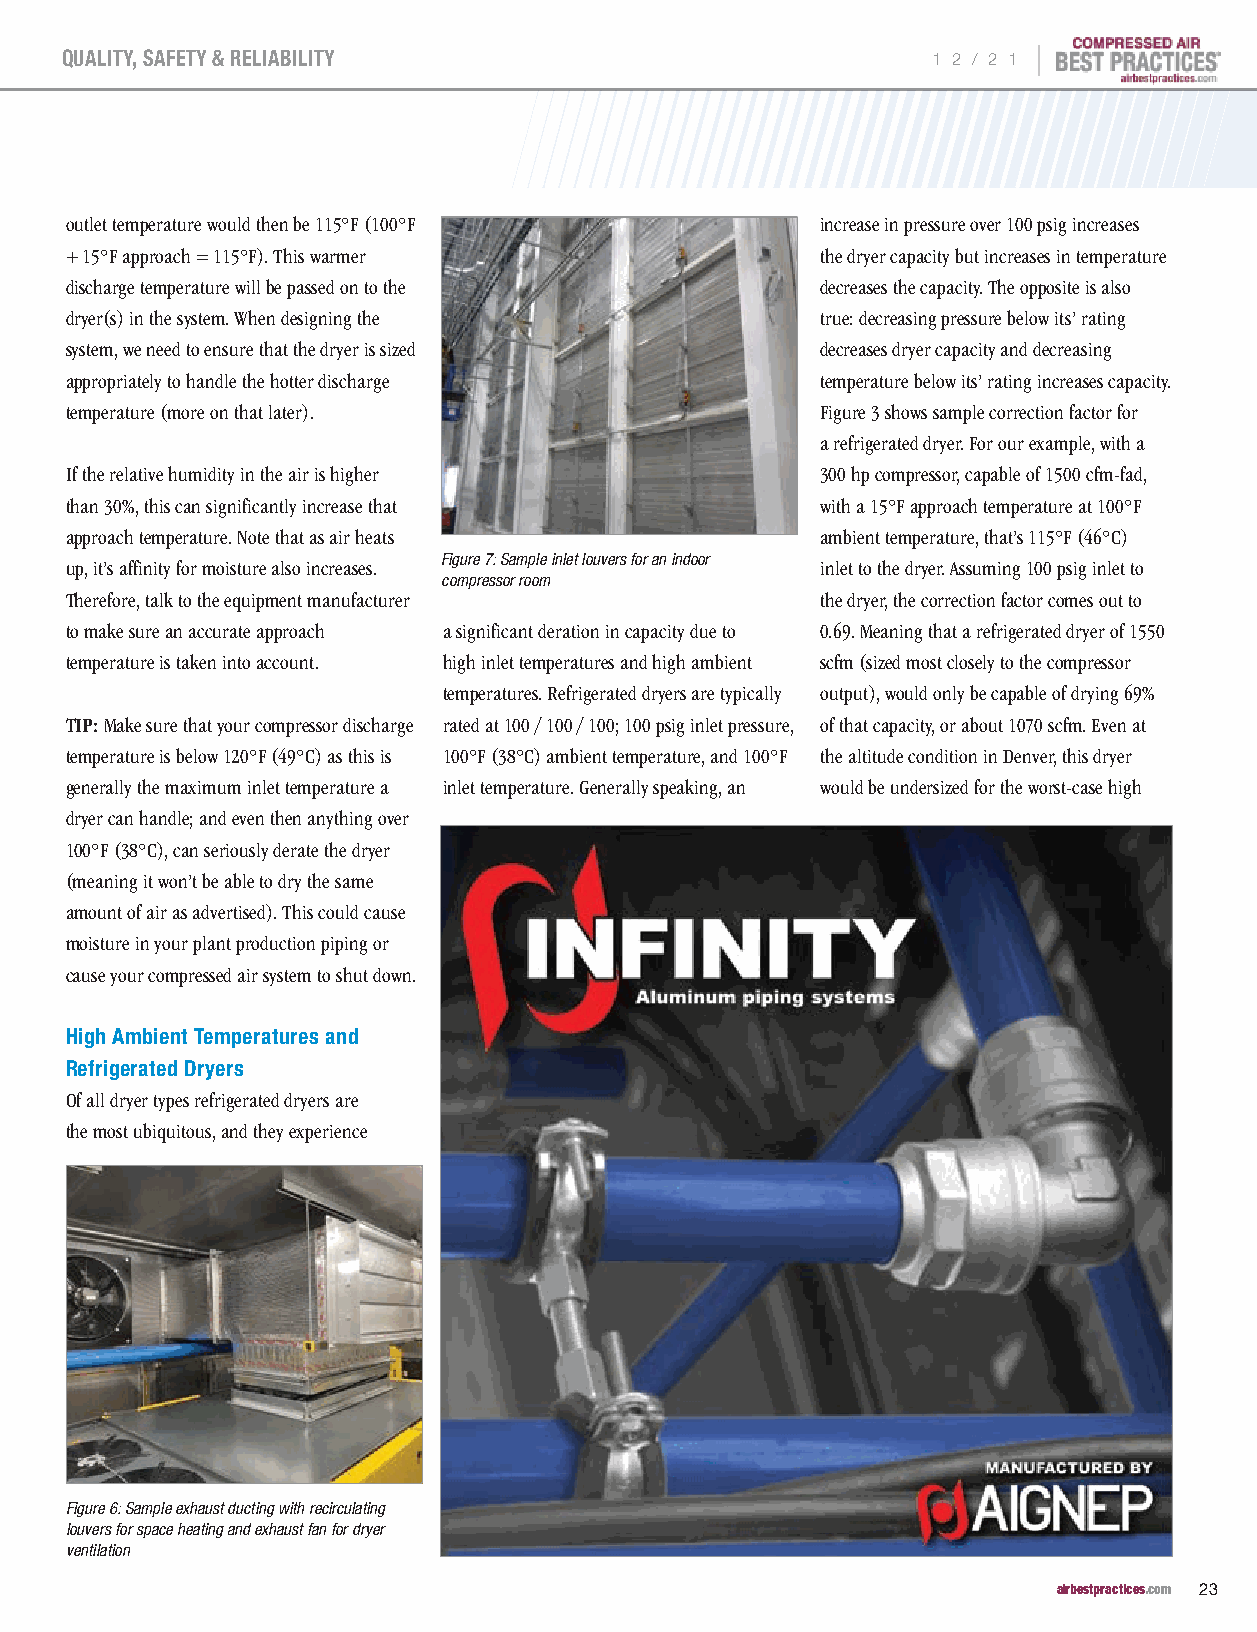
|
 QUALITY, SAFETY & RELIABILITY                             1 2 / 2 1
 outlet temperature would then be 115°F (100°F     increase in pressure over 100 psig increases
 + 15°F approach = 115°F). This warmer             the dryer capacity but increases in temperature
 discharge temperature will be passed on to the    decreases the capacity. The opposite is also
 dryer(s) in the system. When designing the        true: decreasing pressure below its’ rating
 system, we need to ensure that the dryer is sized decreases dryer capacity and decreasing
 appropriately to handle the hotter discharge      temperature below its’ rating increases capacity.
 temperature (more on that later).                 Figure 3 shows sample correction factor for
 a refrigerated dryer. For our example, with a
 If the relative humidity in the air is higher     300 hp compressor, capable of 1500 cfm-fad,
 than 30%, this can significantly increase that    with a 15°F approach temperature at 100°F
 approach temperature. Note that as air heats      ambient temperature, that’s 115°F (46°C)
 Figure 7: Sample inlet louvers for an indoor
 up, it’s affinity for moisture also increases.    inlet to the dryer. Assuming 100 psig inlet to
 compressor room
 Therefore, talk to the equipment manufacturer     the dryer, the correction factor comes out to
 to make sure an accurate approach a significant deration in capacity due to 0.69. Meaning that a refrigerated dryer of 1550
 temperature is taken into account. high inlet temperatures and high ambient scfm (sized most closely to the compressor
 temperatures. Refrigerated dryers are typically output), would only be capable of drying 69%
 TIP: Make sure that your compressor discharge rated at 100 / 100 / 100; 100 psig inlet pressure, of that capacity, or about 1070 scfm. Even at
 temperature is below 120°F (49°C) as this is 100°F (38°C) ambient temperature, and 100°F the altitude condition in Denver, this dryer
 generally the maximum inlet temperature a inlet temperature. Generally speaking, an would be undersized for the worst-case high
 dryer can handle; and even then anything over
 100°F (38°C), can seriously derate the dryer
 (meaning it won’t be able to dry the same
 amount of air as advertised). This could cause
 moisture in your plant production piping or
 cause your compressed air system to shut down.
 High Ambient Temperatures and
 Refrigerated Dryers
 Of all dryer types refrigerated dryers are
 the most ubiquitous, and they experience
 Figure 6: Sample exhaust ducting with recirculating
 louvers for space heating and exhaust fan for dryer
 ventilation
 airbestpractices.com 23